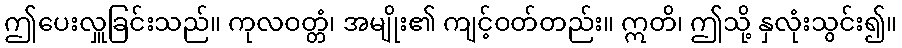
ဤပေးလှူခြင်းသည်။ ကုလဝတ္တံ၊ အမျိုး၏ ကျင့်ဝတ်တည်း။ ဣတိ၊ ဤသို့ နှလုံးသွင်း၍။